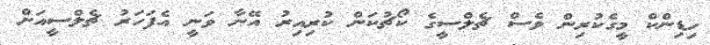
ހިޑިންކް މީގެކުރިން ވެސް ޗެލްސީގެ ކޯޗުކަން ކުރިއިރު އޭނާ ވަނީ އެފަހަރު ޗެލްސީއަށް